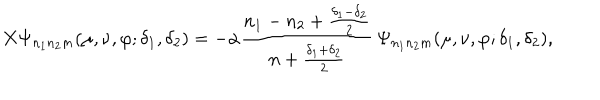
X \Psi _ { n _ { 1 } n _ { 2 } m } ( \mu , \nu , \varphi ; \delta _ { 1 } , \delta _ { 2 } ) = - \alpha \frac { n _ { 1 } - n _ { 2 } + \frac { \delta _ { 1 } - \delta _ { 2 } } { 2 } } { n + \frac { \delta _ { 1 } + \delta _ { 2 } } { 2 } } \, \Psi _ { n _ { 1 } n _ { 2 } m } ( \mu , \nu , \varphi ; \delta _ { 1 } , \delta _ { 2 } ) ,